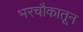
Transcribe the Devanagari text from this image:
भरचौकातून